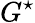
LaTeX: G^{\star}